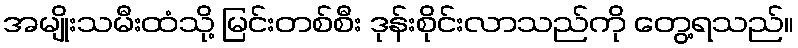
အမျိုးသမီးထံသို့ မြင်းတစ်စီး ဒုန်းစိုင်းလာသည်ကို တွေ့ရသည်။